Scientific memoirs by medical officers of the Army of India - Part XII,
Year: 1901
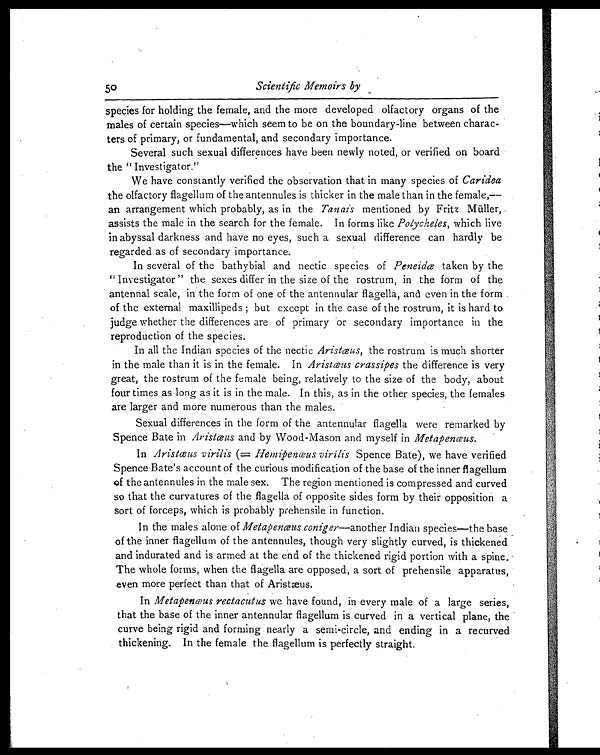
50
Scientific Memoirs by
species for holding the female, and the more developed olfactory organs of the
males of certain species—which seem to be on the boundary-line between charac-
ters of primary, or fundamental, and secondary importance.
Several such sexual differences have been newly noted, or verified on board
the " Investigator."
We have constantly verified the observation that in many species of Caridea
the olfactory flagellum of the antennules is thicker in the male than in the female,—
an arrangement which probably, as in the Tanais mentioned by Fritz Müller,
assists the male in the search for the female. In forms like Polycheles, which live
in abyssal darkness and have no eyes, such a sexual difference can hardly be
regarded as of secondary importance.
In several of the bathybial and nectic species of Peneidæ taken by the
" Investigator" the sexes differ in the size of the rostrum, in the form of the
antennal scale, in the form of one of the antennular flagella, and even in the form
of the external maxillipeds ; but except in the case of the rostrum, it is hard to
judge whether the differences are of primary or secondary importance in the
reproduction of the species.
In all the Indian species of the nectic Aristœus, the rostrum is much shorter
in the male than it is in the female. In Aristæus crassipes the difference is very
great, the rostrum of the female being, relatively to the size of the body, about
four times as long as it is in the male. In this, as in the other species, the females
are larger and more numerous than the males.
Sexual differences in the form of the antennular flagella were remarked by
Spence Bate in Aristœus and by Wood-Mason and myself in Metapenæus.
In Aristœus virilis (= Hemipenæus virilis Spence Bate), we have verified
Spence Bate's account of the curious modification of the base of the inner flagellum
of the antennules in the male sex. The region mentioned is compressed and curved
so that the curvatures of the flagella of opposite sides form by their opposition a
sort of forceps, which is probably prehensile in function.
In the males alone of Metapenœus coniger—another Indian species—the base
of the inner flagellum of the antennules, though very slightly curved, is thickened
and indurated and is armed at the end of the thickened rigid portion with a spine.
The whole forms, when the flagella are opposed, a sort of prehensile apparatus,
even more perfect than that of Aristæus.
In Metapenœus rectacutus we have found, in every male of a large series,
that the base of the inner antennular flagellum is curved in a vertical plane, the
curve being rigid and forming nearly a semi-circle, and ending in a recurved
thickening. In the female the flagellum is perfectly straight.